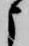
よ